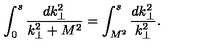
\int _ { 0 } ^ { s } \frac { d k _ { \perp } ^ { 2 } } { k _ { \perp } ^ { 2 } + M ^ { 2 } } = \int _ { M ^ { 2 } } ^ { s } \frac { d k _ { \perp } ^ { 2 } } { k _ { \perp } ^ { 2 } } .